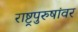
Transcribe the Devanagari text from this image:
राष्ट्रपुरुषांवर